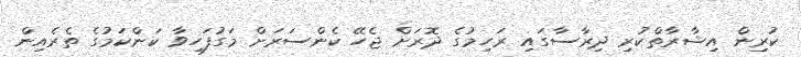
ކުރިން އިޝާރާތްކުރި ދިރާސާގައި ރަހިމުގެ ދޮރަށް ޖެހޭ ކެންސަރަށް މަގުފަހިވާ ކަންކަމުގެ ތެރެއިން